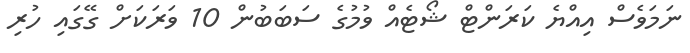
ނަމަވެސް އިއްޔެ ކަރަންޓް ޝޯޓެއް ވުމުގެ ސަބަބުން 10 ވަރަކަށް ގޭގައި ހުރި